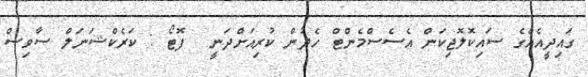
ގައިދީއެއްގެ ސައިކޮލޮޖިކަން އެސެސްމެންޓް ހެދުން ކުރިއަށްދަނީ  ފޮޓޯ : ކަރެކްޝަނަލް ސާވިސް